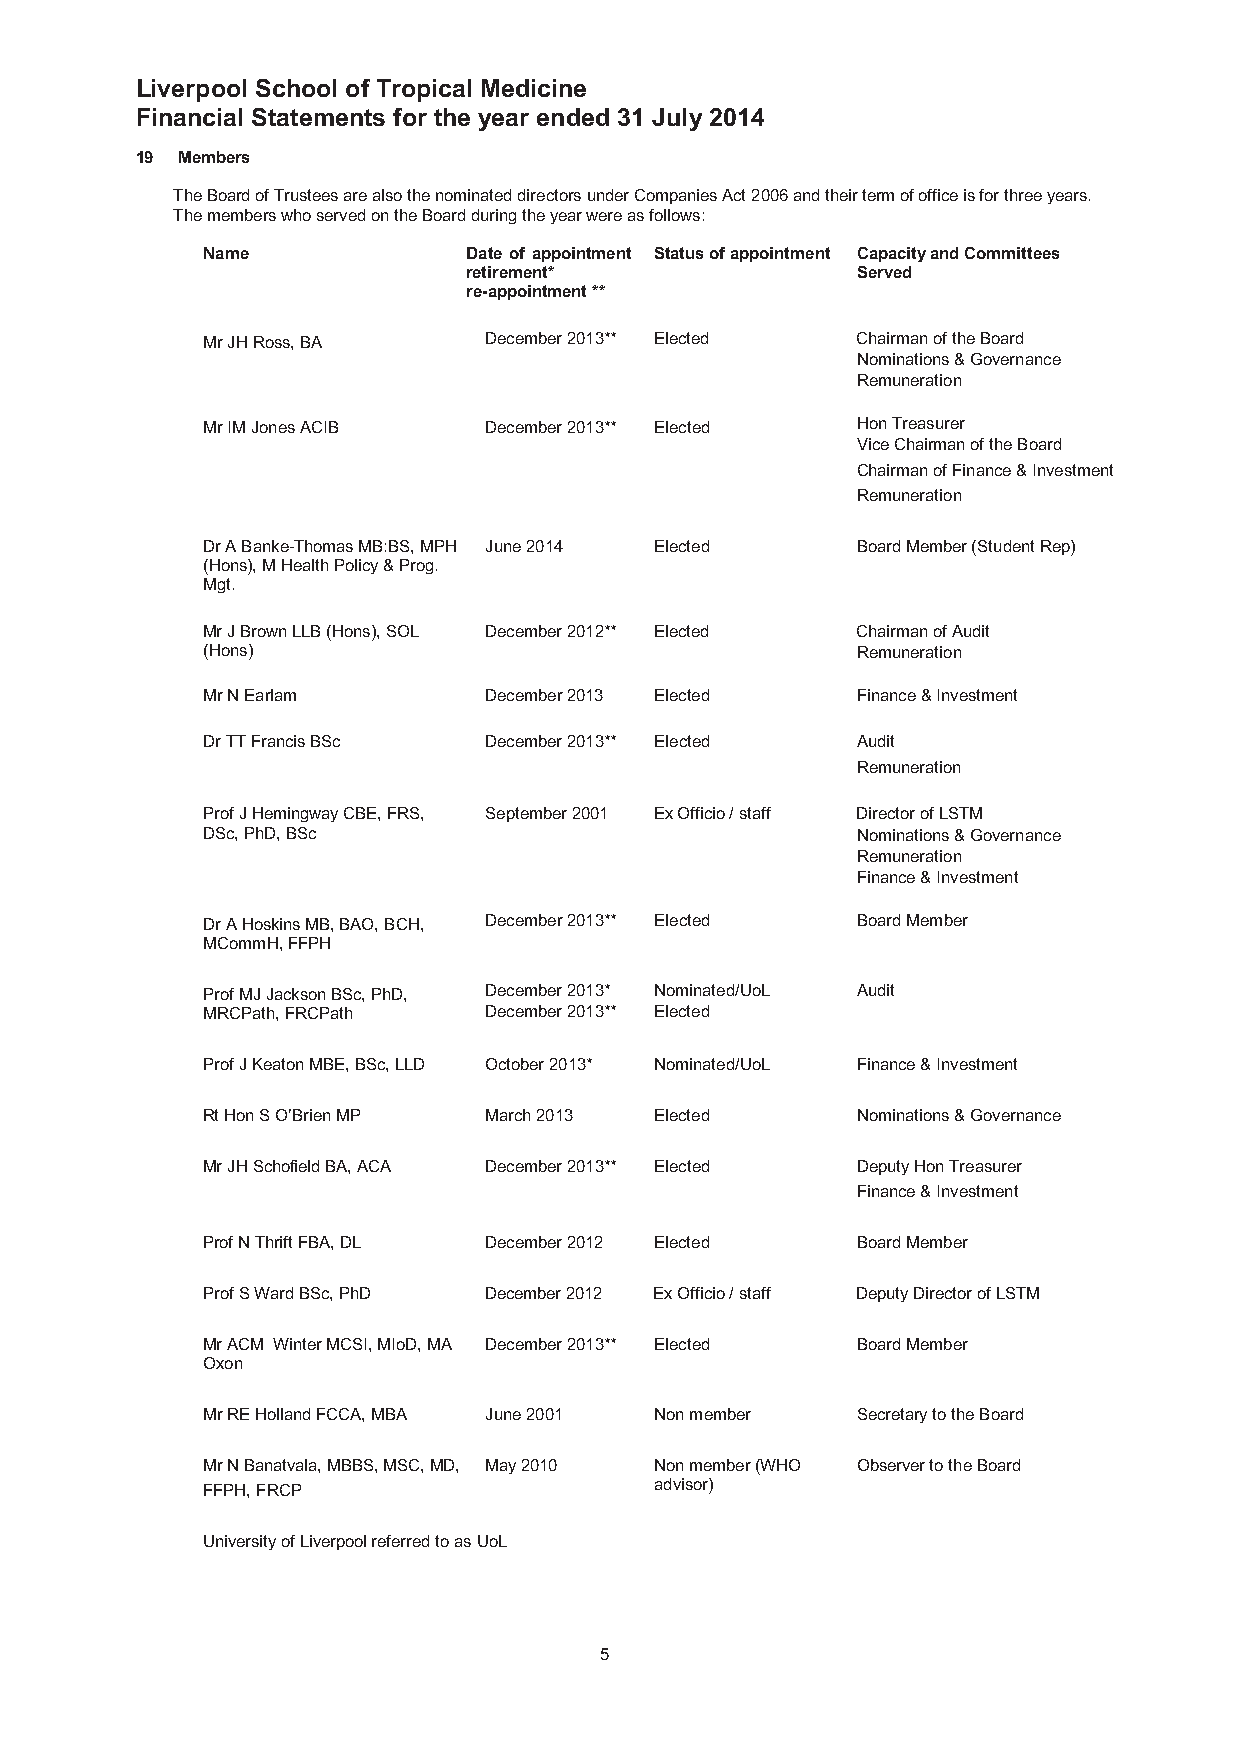
Liverpool School of Tropical Medicine
 Financial Statements for the year ended 31 July 2014
 19 Members
 The Board of Trustees are also the nominated directors under Companies Act 2006and their term of office is for three years.
 The members who served on the Board during the year were as follows:
 Name              Date of appointment Status of appointment Capacity and Committees
 retirement*               Served
 re-appointment **
 Mr JH Ross, BA     December 2013** Elected  Chairman of the Board
 Nominations & Governance
 Remuneration
 Mr IM Jones ACIB   December 2013** Elected  Hon Treasurer
 Vice Chairman of the Board
 Chairman of Finance &Investment
 Remuneration
 Dr A Banke-Thomas MB:BS, MPH June 2014 Elected Board Member (Student Rep)
 (Hons),M Health Policy & Prog.
 Mgt.
 Mr J Brown LLB(Hons), SOL December 2012** Elected Chairman of Audit
 (Hons)                                      Remuneration
 Mr N Earlam        December 2013 Elected    Finance & Investment
 Dr TTFrancis BSc   December 2013** Elected  Audit
 Remuneration
 Prof J Hemingway CBE, FRS, September 2001 Ex Officio / staff Director of LSTM
 DSc, PhD, BSc                               Nominations & Governance
 Remuneration
 Finance & Investment
 Dr AHoskins MB,BAO, BCH, December2013** Elected Board Member
 MCommH,FFPH
 Prof MJ Jackson BSc, PhD, December 2013* Nominated/UoL Audit
 MRCPath, FRCPath   December 2013** Elected
 Prof J Keaton MBE, BSc, LLD October 2013* Nominated/UoL Finance & Investment
 Rt Hon SO’BrienMP  March 2013 Elected       Nominations & Governance
 Mr JHSchofieldBA, ACA December 2013** Elected Deputy Hon Treasurer
 Finance & Investment
 Prof N Thrift FBA, DL December 2012 Elected Board Member
 Prof S Ward BSc, PhD December 2012 Ex Officio / staff Deputy Director of LSTM
 Mr ACM Winter MCSI, MIoD, MA December 2013** Elected Board Member
 Oxon
 Mr RE Holland FCCA,MBA June 2001 Non member Secretary to the Board
 Mr N Banatvala, MBBS, MSC, MD, May 2010 Non member (WHO Observer to the Board
 FFPH, FRCP                    advisor)
 University of Liverpool referred to as UoL
 5